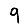
Digit: 9